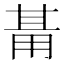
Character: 𭺺